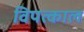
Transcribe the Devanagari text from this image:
विपत्काल